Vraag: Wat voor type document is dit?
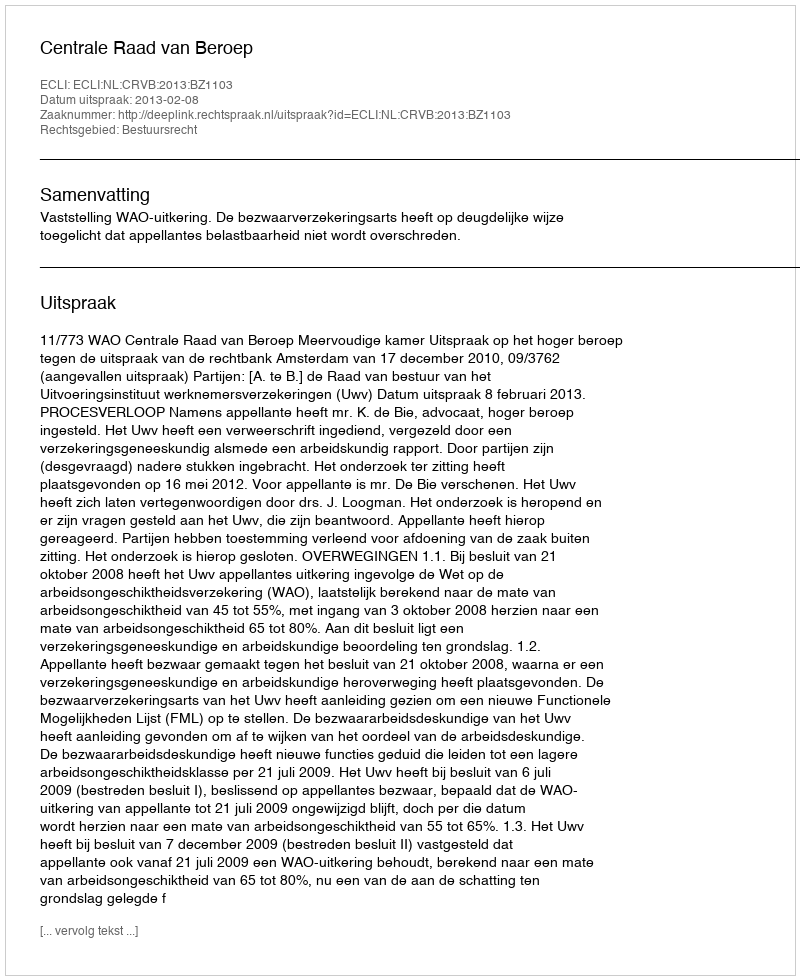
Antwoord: Uitspraak